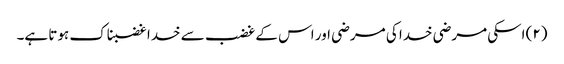
(۲) اسکی مرضی خدا کی مرضی اور اس کے غضب سے خدا غضبناک ہوتا ہے۔